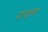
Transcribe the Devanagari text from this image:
पाजला